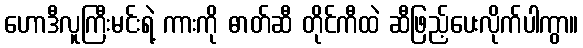
ဟောဒီလူကြီးမင်းရဲ့ ကားကို ဓာတ်ဆီ တိုင်ကီထဲ ဆီဖြည့်ပေးလိုက်ပါကွာ။